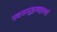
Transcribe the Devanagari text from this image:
स्वसमूहाबद्दलची